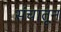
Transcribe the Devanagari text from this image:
संचातून